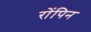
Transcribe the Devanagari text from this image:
रोंपिन